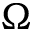
\Omega